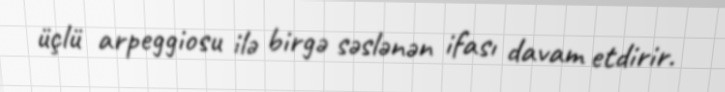
üçlü arpeggiosu ilə birgə səslənən ifası davam etdirir.